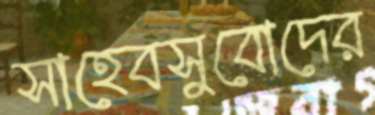
সাহেবসুবোদের